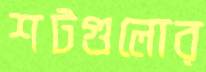
শটগুলোর